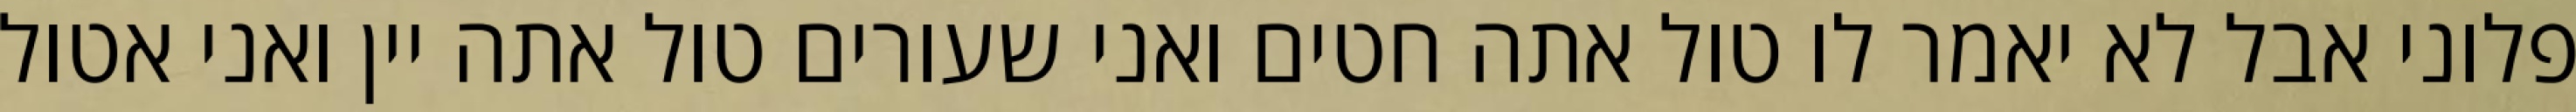
פלוני אבל לא יאמר לו טול אתה חטים ואני שעורים טול אתה יין ואני אטול